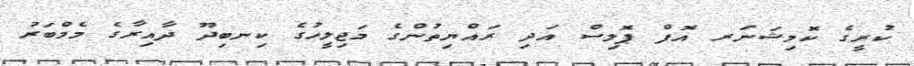
ކުރީގެ ކޮމިޝަނަރ އޮފް ޕޮލިސް އަދި ރައްޔިތުންގެ މަޖިލީހުގެ ކިނބިދޫ ދާއިރާގެ މެމްބަރު